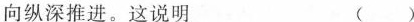
向纵深推进。这说明 ()